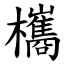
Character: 欈